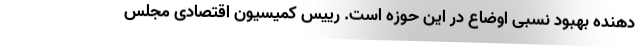
دهنده بهبود نسبی اوضاع در این حوزه است. رییس کمیسیون اقتصادی مجلس